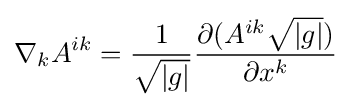
\nabla _{k}A^{ik}={\frac {1}{\sqrt {|g|}}}{\frac {\partial (A^{ik}{\sqrt {|g|}})}{\partial x^{k}}}